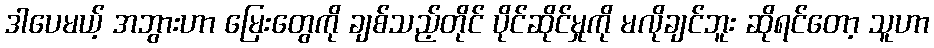
ဒါပေမယ့် အဘွားဟာ မြေးတွေကို ချစ်သည့်တိုင် ပိုင်ဆိုင်မှုကို မလိုချင်ဘူး ဆိုရင်တော့ သူဟာ